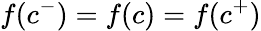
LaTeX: f(c^{-})=f(c)=f(c^{+})